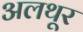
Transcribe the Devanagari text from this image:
अलथूर